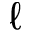
\ell